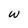
Character: w